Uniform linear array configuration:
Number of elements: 16
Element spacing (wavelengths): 0.25
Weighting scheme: hamming
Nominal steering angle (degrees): -45
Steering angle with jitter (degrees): -44.595
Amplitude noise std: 0.05
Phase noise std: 0.05

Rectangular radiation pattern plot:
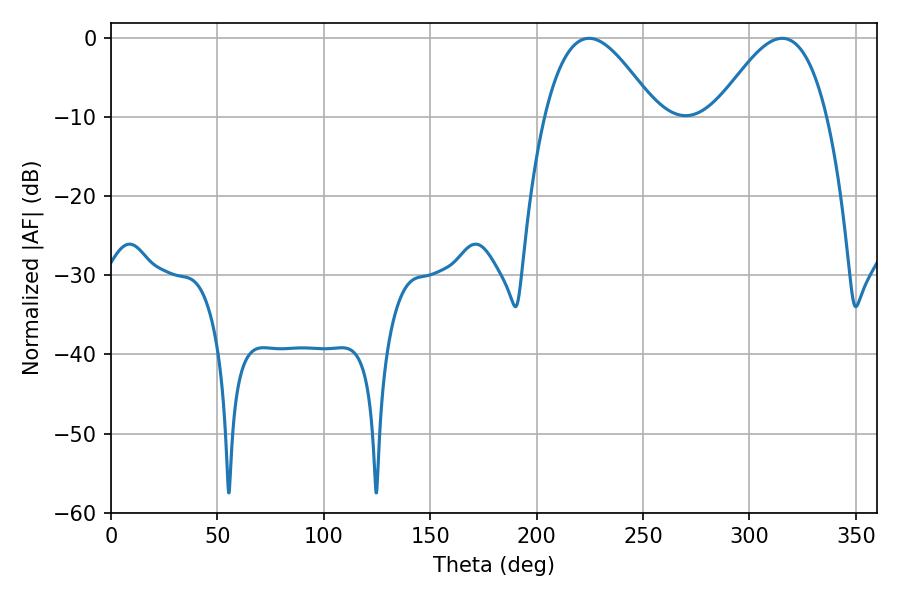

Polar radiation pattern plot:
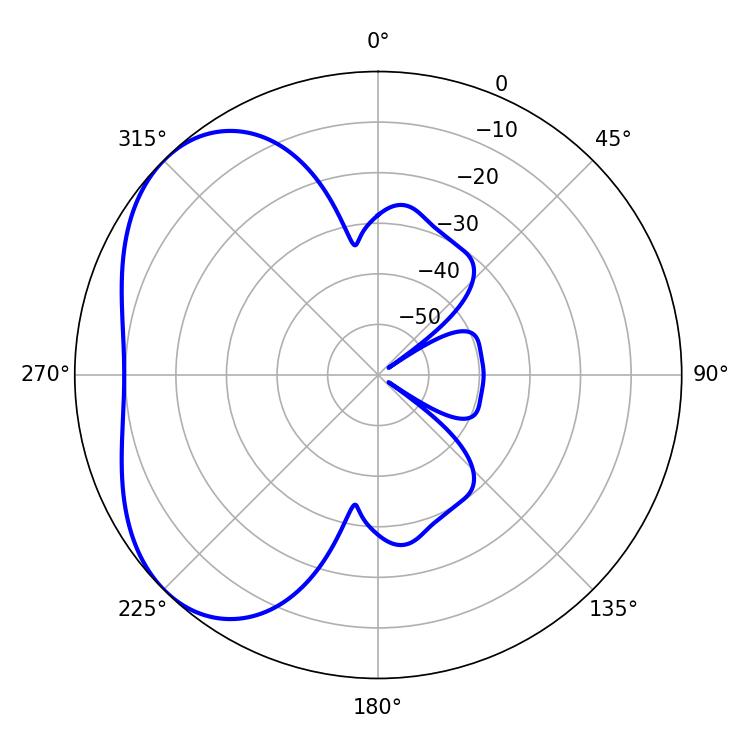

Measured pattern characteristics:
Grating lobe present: FALSE
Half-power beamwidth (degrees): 28.44
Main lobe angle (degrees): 224.64